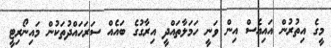
މީގެ އިތުރުން އައިއެސް އިން ވަނީ ހަމަލާތައްދީ އިރާގުގެ ބައެއް ސަރަހައްދުތަކުން މައިނޯރިޓީ